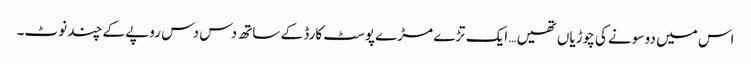
اس میں دو سونے کی چوڑیاں تھیں… ایک تڑے مڑے پوسٹ کارڈ کے ساتھ دس دس روپے کے چند نوٹ۔